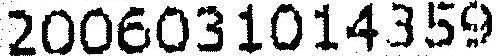
2006031014359